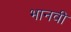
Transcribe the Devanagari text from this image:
भानवी